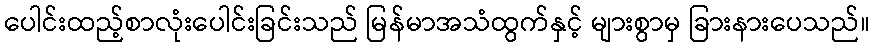
ပေါင်းထည့်စာလုံးပေါင်းခြင်းသည် မြန်မာအသံထွက်နှင့် များစွာမှ ခြားနားပေသည်။